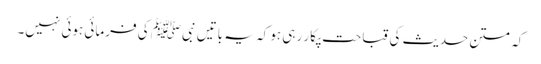
کہ متن حدیث کی قباحت پکار رہی ہو کہ یہ باتیں نبیﷺ کی فرمائی ہوئی نہیں۔